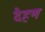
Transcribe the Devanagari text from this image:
दैहण